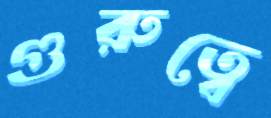
গুরুত্বে